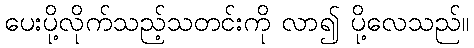
ပေးပို့လိုက်သည့်သတင်းကို လာ၍ ပို့လေသည်။